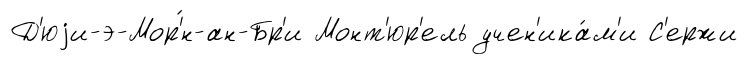
Д'юjи-э-Мор'́н-ан-Бр'и Монт'юр'ель учен'ика́м'и С'ержи